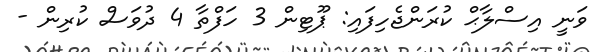
ވަނީ އިސްލާޙް ކުރަންޖެހިފައި: ޕޫޓިން 3 ހަފްތާ 4 ދުވަސް ކުރިން -